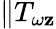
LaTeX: \| T_{\omega\mathbf{z}}